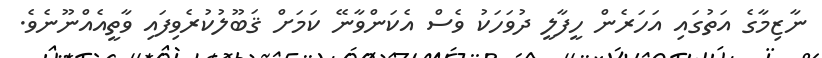
ނާޒިމާގެ އަތުގައި އަހަރެން ހީފާލީ ދުވަހަކު ވެސް އެކަންވާނޭ ކަމަށް ޤަބޫލުކުރެވިފައި ވާތީއެއްނޫނެވެ.